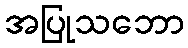
အပြုသဘော